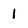
Character: l